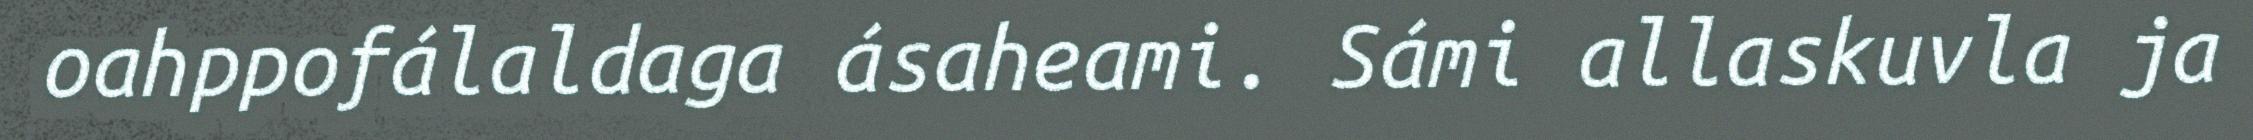
oahppofálaldaga ásaheami. Sámi allaskuvla ja